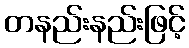
တနည်းနည်းဖြင့်